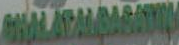
CHALATALGASAMIL